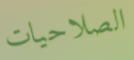
الصلاحيات